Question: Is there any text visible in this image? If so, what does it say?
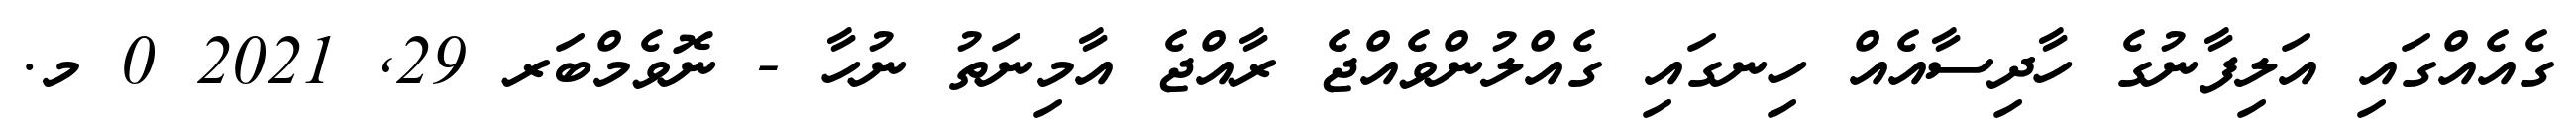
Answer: ގެއެއްގައި އަލިފާނުގެ ހާދިސާއެއް ހިނގައި ގެއްލުންވެއްޖެ ރާއްޖެ އާމިނަތު ނުހާ - ނޮވެމްބަރ 29, 2021 0 މ.